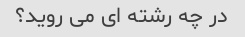
در چه رشته ای می روید؟